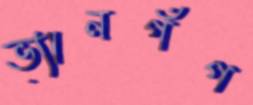
ভ্যানগঁগ